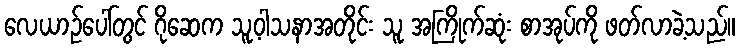
လေယာဉ်ပေါ်တွင် ဂိုဆေက သူ့ဝါသနာအတိုင်း သူ အကြိုက်ဆုံး စာအုပ်ကို ဖတ်လာခဲ့သည်။